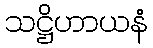
သဋ္ဌိဟာယနံ